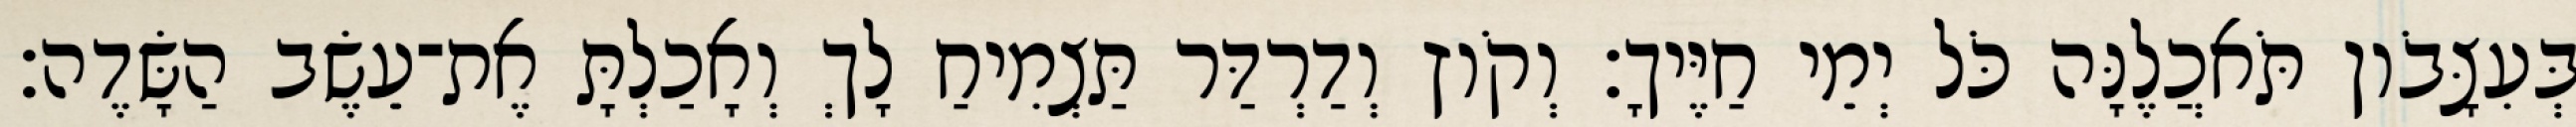
בְּעִצָּבֹון תֹּאכֲלֶנָּה כֹּל יְמֵי חַיֶּיךָ׃ וְקֹוץ וְדַרְדַּר תַּצְמִיחַ לָךְ וְאָכַלְתָּ אֶת־עֵשֶׂב הַשָּׂדֶה׃